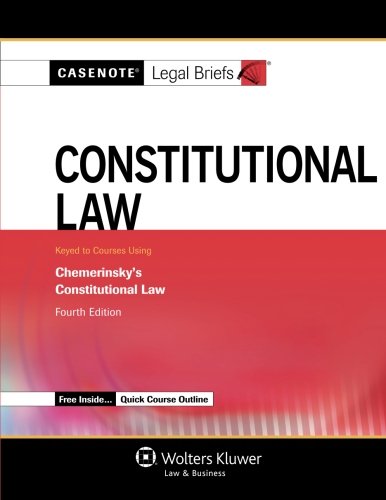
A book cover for Casenote Legal Briefs: Constitutional Law, Keyed to Chemerinsky, Fourth Edition; Law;